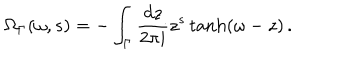
LaTeX: \Omega _ { \Gamma } ( \omega , s ) = - \int _ { \Gamma } \frac { d z } { 2 \pi i } z ^ { s } \tanh ( \omega - z ) \, .